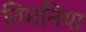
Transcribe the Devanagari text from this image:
तिमनिया